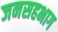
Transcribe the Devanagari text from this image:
जनसहभाग